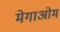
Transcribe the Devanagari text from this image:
मेगाओम